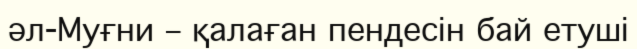
әл-Муғни – қалаған пендесін бай етуші